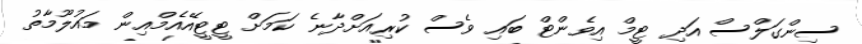
ސިންގަލްސް އަދި ޓީމް އިވެންޓް ބައި ވެސް ކުރިއަށްދާނެ ކަމަށް ޓީޓީއޭއެމްއިން މައުލޫމާތު